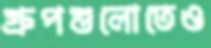
গ্রুপগুলোতেও